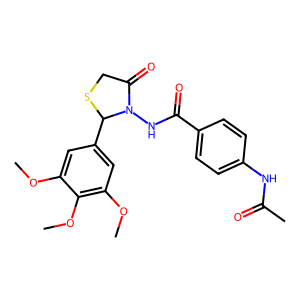
SMILES: COc1cc(C2SCC(=O)N2NC(=O)c2ccc(NC(C)=O)cc2)cc(OC)c1OC
Inhibits HIV replication: No